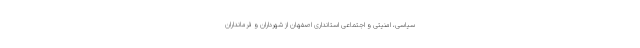
سیاسی، امنیتی و اجتماعی استانداری اصفهان از شهرداران و فرمانداران